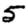
Digit: 5